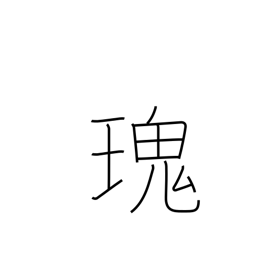
Meaning: strange